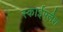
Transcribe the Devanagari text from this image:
स्काईफ्लैश